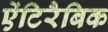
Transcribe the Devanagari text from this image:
ऐंटिरैबिक